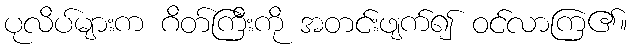
ပုလိပ်များက ဂိတ်ကြီးကို အတင်းဖျက်၍ ဝင်လာကြ၏။